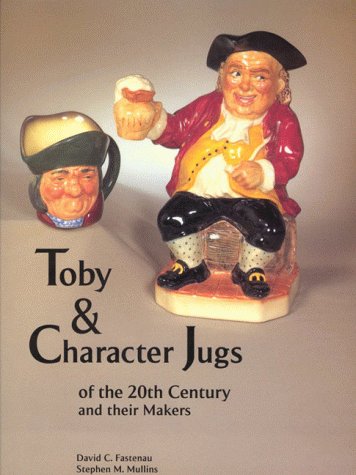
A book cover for Toby & Character Jugs of the 20th Century and Their Makers; Stephen M. Mullins; Crafts, Hobbies & Home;